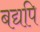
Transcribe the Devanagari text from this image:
बद्यपि